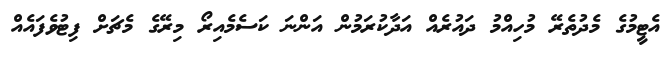
އެޓީމުގެ މެދުތެރޭ މުހިއްމު ދައުރެއް އަދާކުރަމުން އަންނަ ކަސެމެއިރޯ މިރޭގެ މެޗަށް ފިޓުވެފައެއް